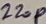
Text: 220P